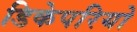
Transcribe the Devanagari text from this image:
डिकेपरियो